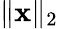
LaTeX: \| {\boldsymbol{\mathbf{x}}}\| _{2}